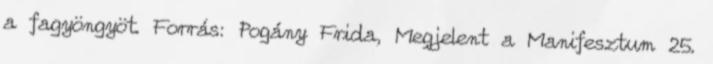
a fagyöngyöt. Forrás: Pogány Frida, Megjelent a Manifesztum 25.